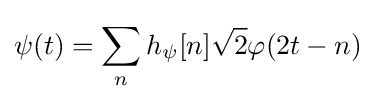
\psi (t)=\sum _{n}^{}h_{\psi }[n]{\sqrt {2}}\varphi (2t-n)